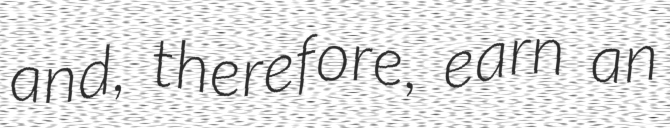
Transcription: and, therefore, earn an